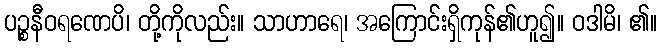
ပဉ္စနီဝရဏေပိ၊ တို့ကိုလည်း။ သာဟာရေ၊ အကြောင်းရှိကုန်၏ဟူ၍။ ဝဒါမိ၊ ၏။